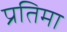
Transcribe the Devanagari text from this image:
प्रतिमा